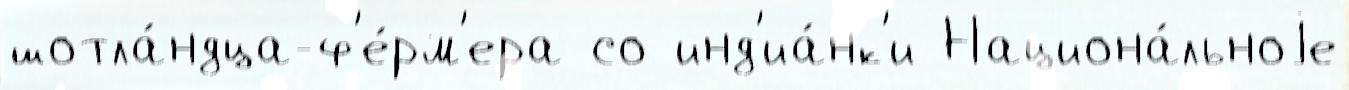
шотла́ндца-ф'е́рм'ера со инд'иа́нк'и Национа́льноjе